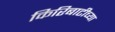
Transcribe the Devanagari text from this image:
किरिबाटीच्या